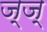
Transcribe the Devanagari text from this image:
ज्ज्